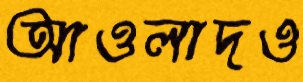
আওলাদও